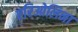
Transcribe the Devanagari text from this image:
एरिओलिना